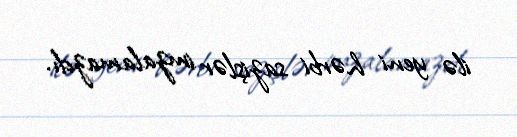
ilə yeni hərbi sazişlər imzalamazdı.